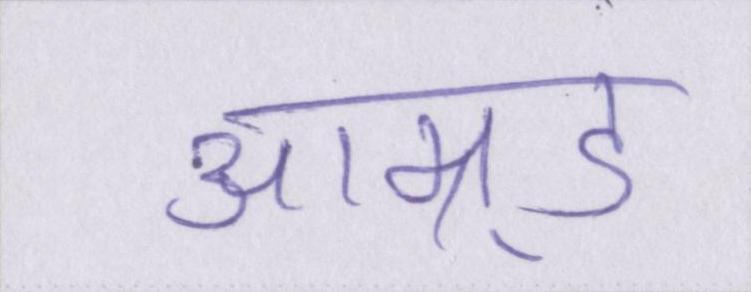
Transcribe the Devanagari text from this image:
आम्र्ड